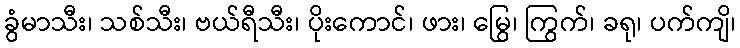
ခွံမာသီး၊ သစ်သီး၊ ဗယ်ရီသီး၊ ပိုးကောင်၊ ဖား၊ မြွေ၊ ကြွက်၊ ခရု၊ ပက်ကျိ၊